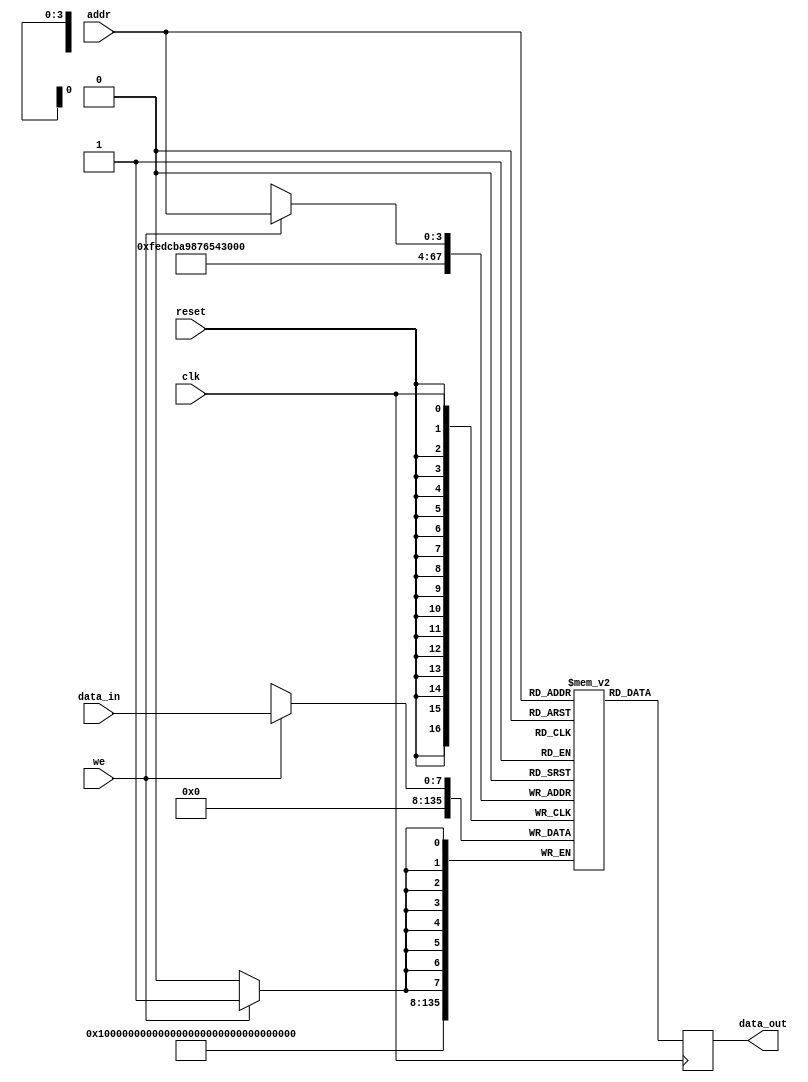
module single_port_ram #(
    parameter DATA_WIDTH = 8,    // Number of bits in each memory word
    parameter ADDR_WIDTH = 4     // Number of address lines
)(
    input wire clk,              // Clock signal
    input wire we,               // Write enable signal
    input wire [ADDR_WIDTH-1:0] addr, // Address input
    input wire [DATA_WIDTH-1:0] data_in, // Input data
    input wire reset,            // Asynchronous reset signal
    output reg [DATA_WIDTH-1:0] data_out // Output data
);

    // Calculate depth based on address width
    localparam DEPTH = 1 << ADDR_WIDTH;

    // Memory array declaration
    reg [DATA_WIDTH-1:0] ram [0:DEPTH-1];

    // Asynchronous reset
    integer i;
    always @(posedge reset) begin
        for (i = 0; i < DEPTH; i = i + 1) begin
            ram[i] <= {DATA_WIDTH{1'b0}}; // Initialize memory to zero
        end
    end

    // Read and Write operations
    always @(posedge clk) begin
        if (we) begin
            ram[addr] <= data_in; // Write data to memory
        end
        data_out <= ram[addr]; // Read data from memory
    end

endmodule